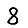
Digit: 8